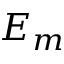
E _ { m }